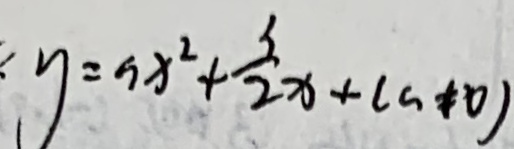
y = a x ^ { 2 } + \frac { 3 } { 2 } x + ( a \neq 0 )